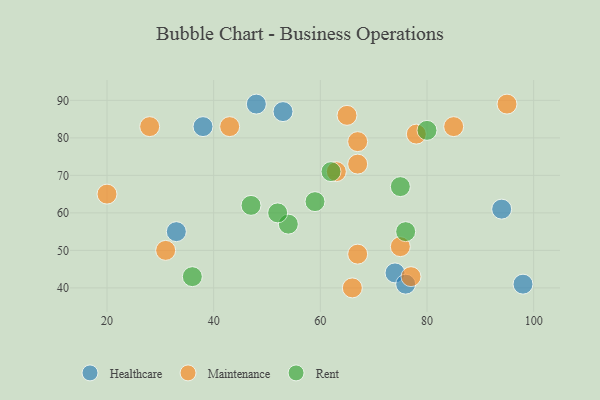
{"axis": {"x": "GDP", "y": "Life Expectancy"}, "legend": ["Healthcare", "Maintenance", "Rent"], "data": [{"x": "33", "y": 55, "type": "Healthcare"}, {"x": "38", "y": 83, "type": "Healthcare"}, {"x": "74", "y": 44, "type": "Healthcare"}, {"x": "53", "y": 87, "type": "Healthcare"}, {"x": "98", "y": 41, "type": "Healthcare"}, {"x": "76", "y": 41, "type": "Healthcare"}, {"x": "48", "y": 89, "type": "Healthcare"}, {"x": "94", "y": 61, "type": "Healthcare"}, {"x": "75", "y": 51, "type": "Maintenance"}, {"x": "78", "y": 81, "type": "Maintenance"}, {"x": "31", "y": 50, "type": "Maintenance"}, {"x": "67", "y": 49, "type": "Maintenance"}, {"x": "20", "y": 65, "type": "Maintenance"}, {"x": "77", "y": 43, "type": "Maintenance"}, {"x": "85", "y": 83, "type": "Maintenance"}, {"x": "66", "y": 40, "type": "Maintenance"}, {"x": "28", "y": 83, "type": "Maintenance"}, {"x": "95", "y": 89, "type": "Maintenance"}, {"x": "43", "y": 83, "type": "Maintenance"}, {"x": "67", "y": 73, "type": "Maintenance"}, {"x": "67", "y": 79, "type": "Maintenance"}, {"x": "63", "y": 71, "type": "Maintenance"}, {"x": "65", "y": 86, "type": "Maintenance"}, {"x": "36", "y": 43, "type": "Rent"}, {"x": "54", "y": 57, "type": "Rent"}, {"x": "47", "y": 62, "type": "Rent"}, {"x": "59", "y": 63, "type": "Rent"}, {"x": "62", "y": 71, "type": "Rent"}, {"x": "76", "y": 55, "type": "Rent"}, {"x": "80", "y": 82, "type": "Rent"}, {"x": "52", "y": 60, "type": "Rent"}, {"x": "75", "y": 67, "type": "Rent"}]}